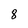
Character: 8